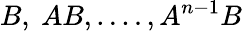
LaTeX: B,\ AB,....,A^{n-1}B